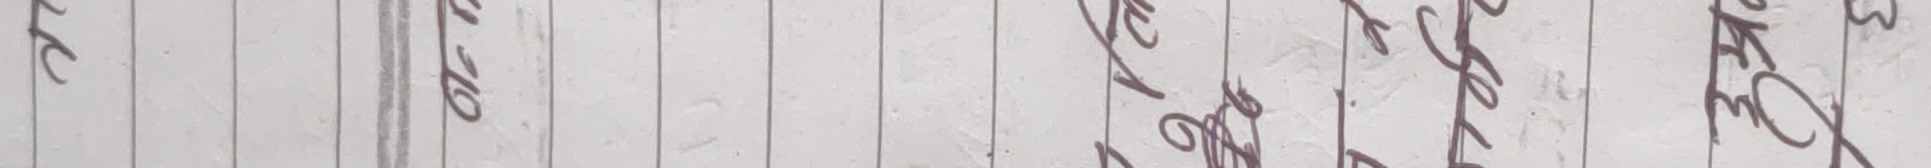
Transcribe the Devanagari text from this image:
२० भुक्तानं लेखा